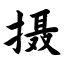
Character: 摄